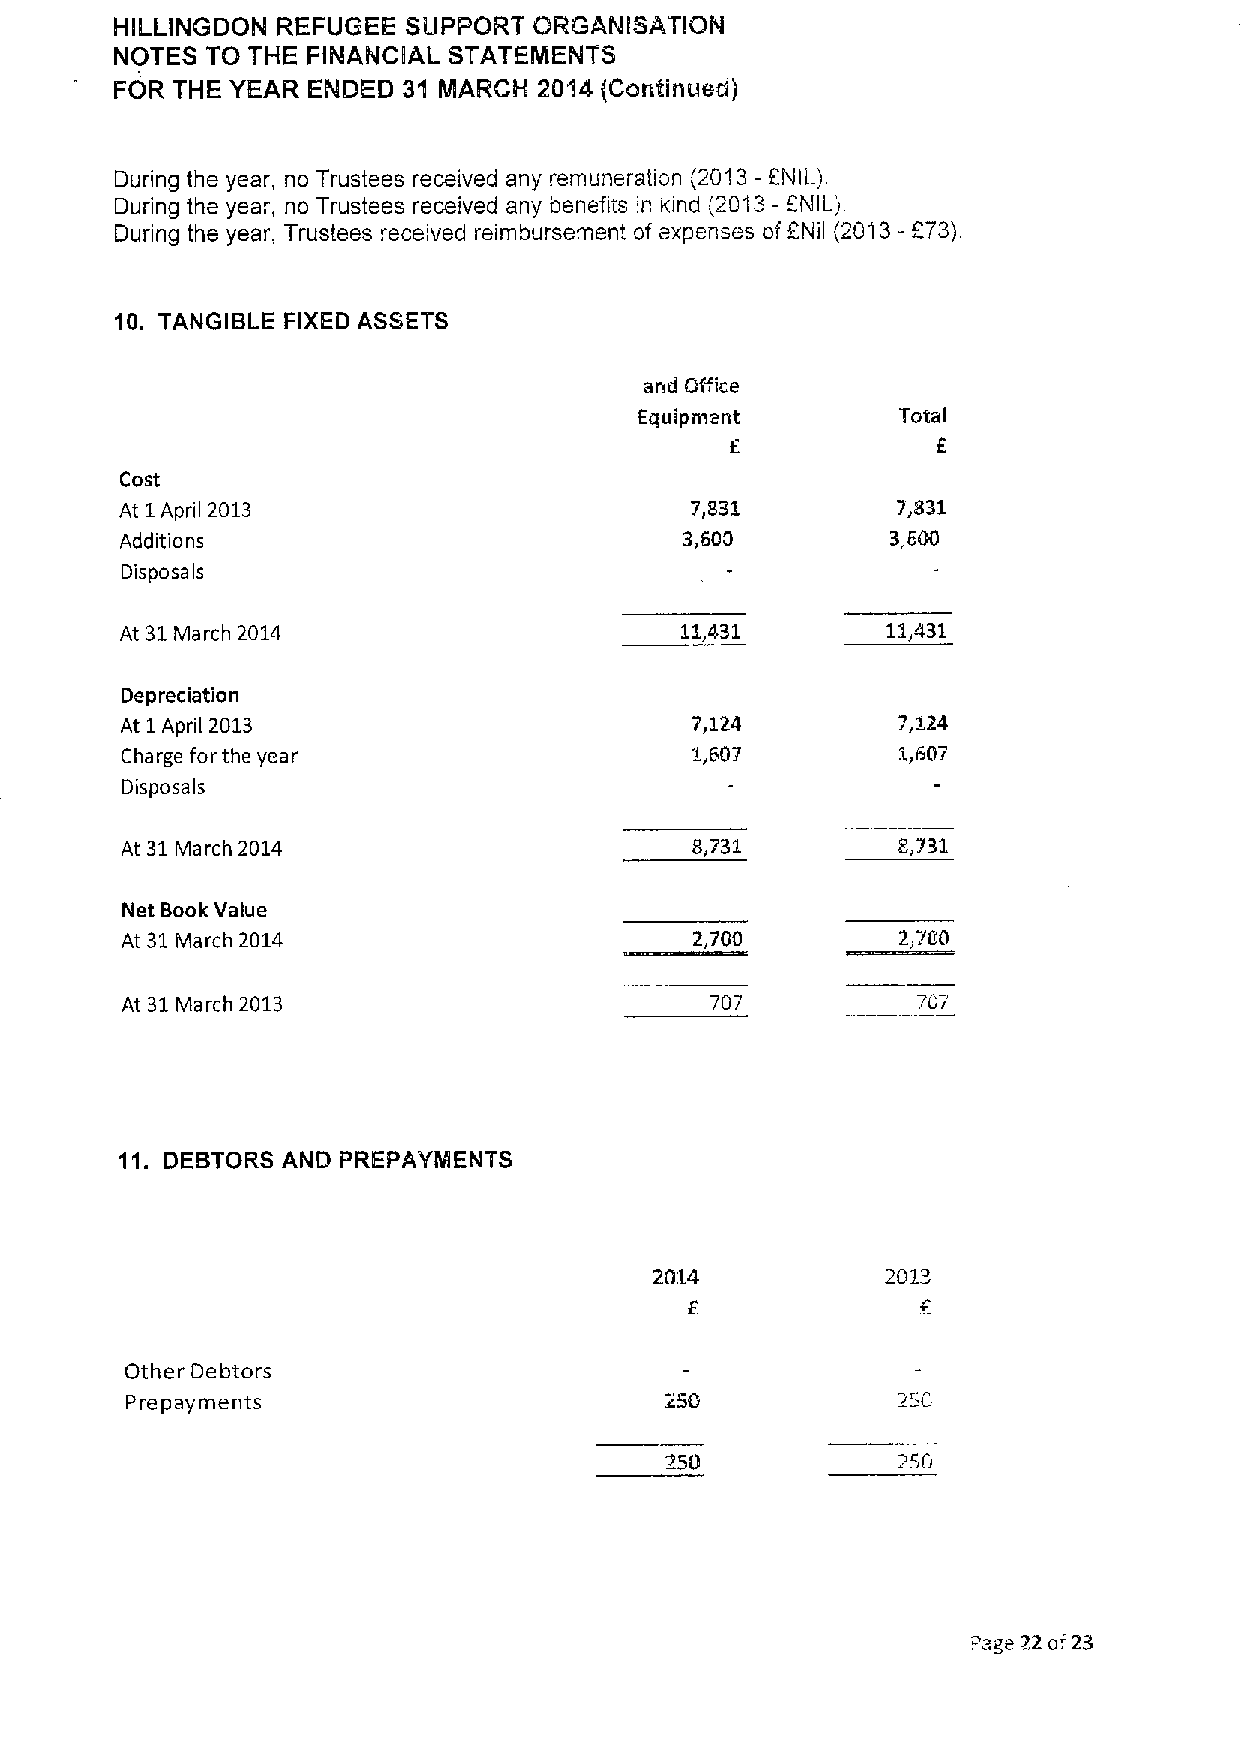
HILLINGDON REFUGEE SUPPORT ORGANISATION
 NOTES TO THE FINANCliAL S'll'ATEMENTS
 FOR THE YEAR ENDED 31 MARCH 2014 (Continued)
 During the year, no Trustees received any remuneration (2013-ENIL).
 During the year, no Trustees received any benefits in kind (2013- ANIL).
 During the year, Trustees received reimbursement of expenses of PNII (2013- P73)
 10. TANGIBLE FIXED ASSETS
 and Gffice
 Equipment         Total
 f
 E
 Cost
 At 1 April 2013                       7,831        7,831
 Additions                            3,600         3,600
 Disposa ls
 At 31March 2014                      11,431        11,431
 Depreciation
 At 1April 2013                        7,124        7,124
 Charge for the year                   1,607         1,607
 Disposals
 At 31March 2014                       8,732
 Net Book Value
 At 31March 2014                       2,700         2,700
 At 31March 2013                        707           707
 11. DEBTORS AND PREPAYMENTS
 2014            2013
 Other Debtors
 Prepayments                                        250
 250
 Page 22 of23